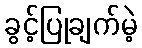
ခွင့်ပြုချက်မဲ့